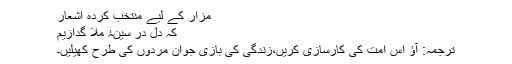
مزار کے لیے منتخب کردہ اشعار
کہ دل در سینۂ ملا گدازیم
ترجمہ: آؤ اس امت کی کارسازی کریں،زندگی کی بازی جوان مردوں کی طرح کھیلیں۔